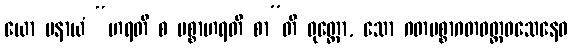
ယော ပနာယံ “ဟရတိ စ ပစ္စာဟရတိ စာ”တိ ဝုတ္တော, သော ဂတပစ္စာဂတဝတ္တဝသေနေဝ